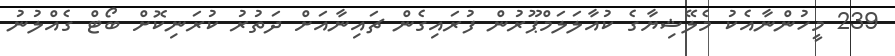
239 މީހުންނާއެކު މެލޭޝިޔާގެ ކުއާލަލަމްޕޫރުން ފުރައިގެން ޗައިނާއަށް ދަތުރު ކުރަނިކޮށް ބޯޓް ގެއްލުނު